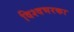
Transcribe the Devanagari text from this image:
विश्वभरका